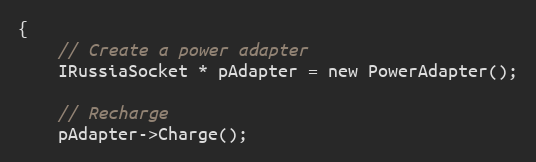
Language: C
{
    // Create a power adapter
    IRussiaSocket * pAdapter = new PowerAdapter();

    // Recharge
    pAdapter->Charge();